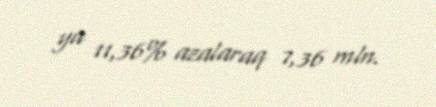
ya 11,36% azalaraq 7,36 mln.